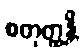
စတုတ္ထန္တိ